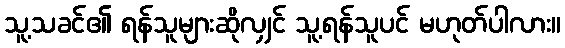
သူ့သခင်၏ ရန်သူများဆိုလျှင် သူ့ရန်သူပင် မဟုတ်ပါလား။